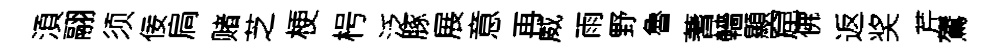
湏翮须佞扃赌芝梗枵泛䐁展意再威雨野魯蓍轖顯窟佛返奖芹鷟